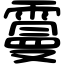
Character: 𩅍